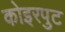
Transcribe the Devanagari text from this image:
कोइरपुट